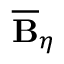
\overline { { \mathbf { B } } } _ { \eta }